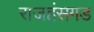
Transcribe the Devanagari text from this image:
राजहंसगड